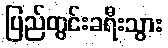
ပြည်တွင်းခရီးသွား